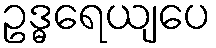
ဥဒ္ဓရေယျပေ